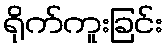
ရိုက်ကူးခြင်း